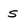
Character: S